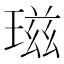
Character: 𤧹